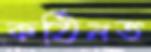
কঠিনত